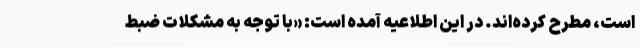
است، مطرح کرده‌اند. در این اطلاعیه آمده است: «با توجه به مشکلات ضبط